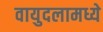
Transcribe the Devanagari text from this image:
वायुदलामध्ये